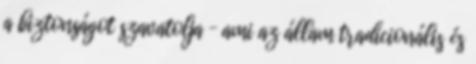
a biztonságot szavatolja – ami az állam tradicionális és